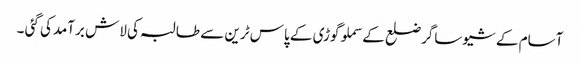
آسام کے شیوساگرضلع کے سملوگوڑی کے پاس ٹرین سے طالبہ کی لاش برآمدکی گئی ۔